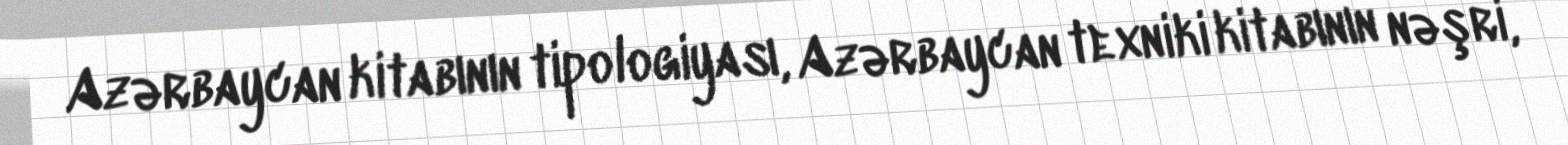
Azərbaycan kitabının tipologiyası, Azərbaycan texniki kitabının nəşri,